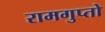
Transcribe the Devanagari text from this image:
रामगुप्तो